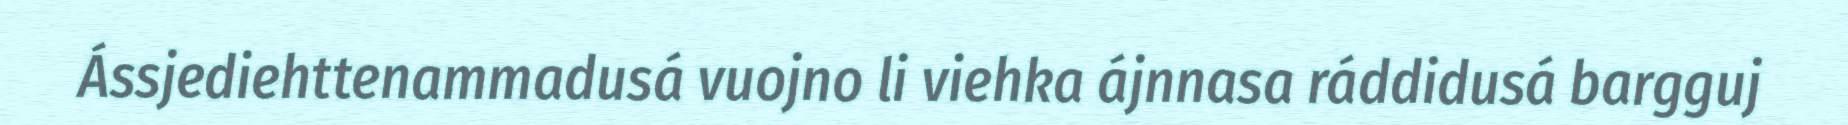
Ássjediehttenammadusá vuojno li viehka ájnnasa ráddidusá bargguj